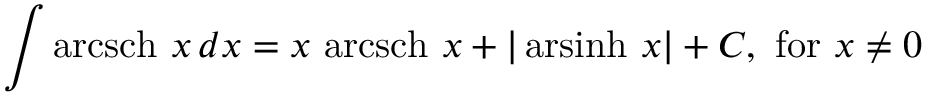
\int \operatorname { a r c s c h } \, x \, d x = x \, \operatorname { a r c s c h } \, x + \vert \operatorname { a r s i n h } \, x \vert + C , { \mathrm { ~ f o r ~ } } x \neq 0